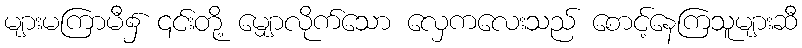
များမကြာမီ၌ ၎င်းတို့ မျှောလိုက်သော လှေကလေးသည် စောင့်နေကြသူများဆီ